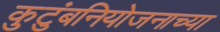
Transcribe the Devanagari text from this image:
कुटुंबनियोजनाच्या